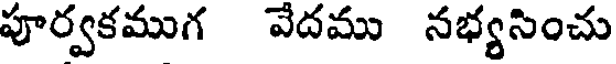
పూర్వకముగ వేదము నభ్యసించు